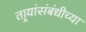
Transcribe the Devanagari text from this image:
तार्‍यांसंबंधीच्या